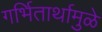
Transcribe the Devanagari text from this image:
गर्भितार्थामुळे